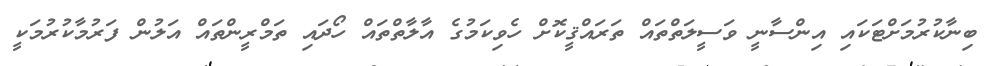
ބިނާކުރުމަށްޓަކައި އިންސާނީ ވަސީލަތްތައް ތަރައްޤީކޮށް ހެވިކަމުގެ އާލާތްތައް ހޯދައި ތަމްރީންތައް އަލުން ފަރުމާކުރުމަކީ